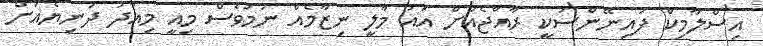
އިސްލާމިކް ފައިނޭންސަކީ ރާއްޖެއަށް އައު މާލީ ނިޒާމެއް ނަމަވެސް މިއީ މިއަދު ދުނިޔެއަށް